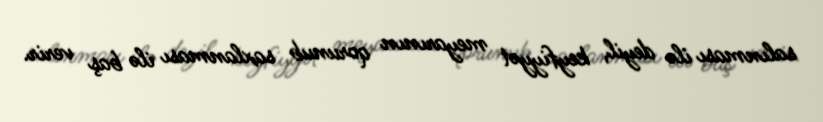
salınması ilə deyil, keyfiyyət meyarının qorunub saxlanması ilə baş verir.